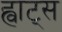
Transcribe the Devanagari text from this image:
ह्वाट्‍स